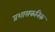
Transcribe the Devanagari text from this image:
प्रशासकनिक